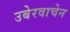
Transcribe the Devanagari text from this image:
उबेरवाचेन